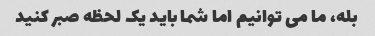
بله، ما می توانیم اما شما باید یک لحظه صبر کنید